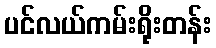
ပင်လယ်ကမ်းရိုးတန်း